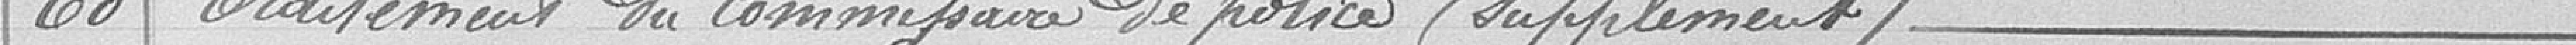
60 / Traitement du Commissaire de police, supplément